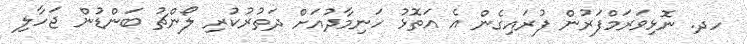
ހދ. ނޮޅިވަރަމްފަރުން ފުރައިގެން އެ އަތޮޅު ހަނިމާދުއަށް ދަތުރުކުރި ލޯންޗު ބަންޑުން ޖަހާލި